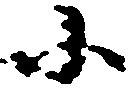
小